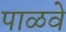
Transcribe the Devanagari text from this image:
पाळवे